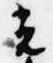
光